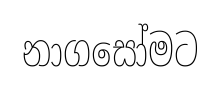
නාගසෝමට